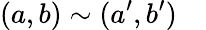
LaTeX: (a,b)\sim(a^{\prime},b^{\prime})\quad